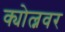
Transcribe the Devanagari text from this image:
क्योल्नवर